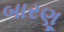
બારણૂ